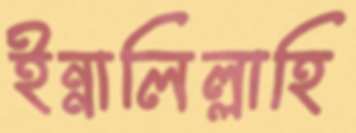
ইন্নালিল্লাহি